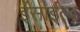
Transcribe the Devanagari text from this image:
ईसाईत्व